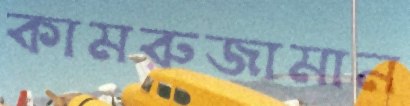
কামরুজামান